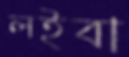
লইবা